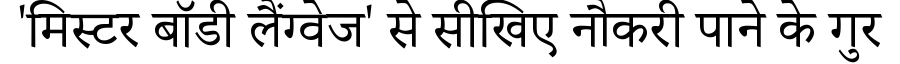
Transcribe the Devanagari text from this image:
'मिस्टर बॉडी लैंग्वेज' से सीखिए नौकरी पाने के गुर